Indian Medical Review
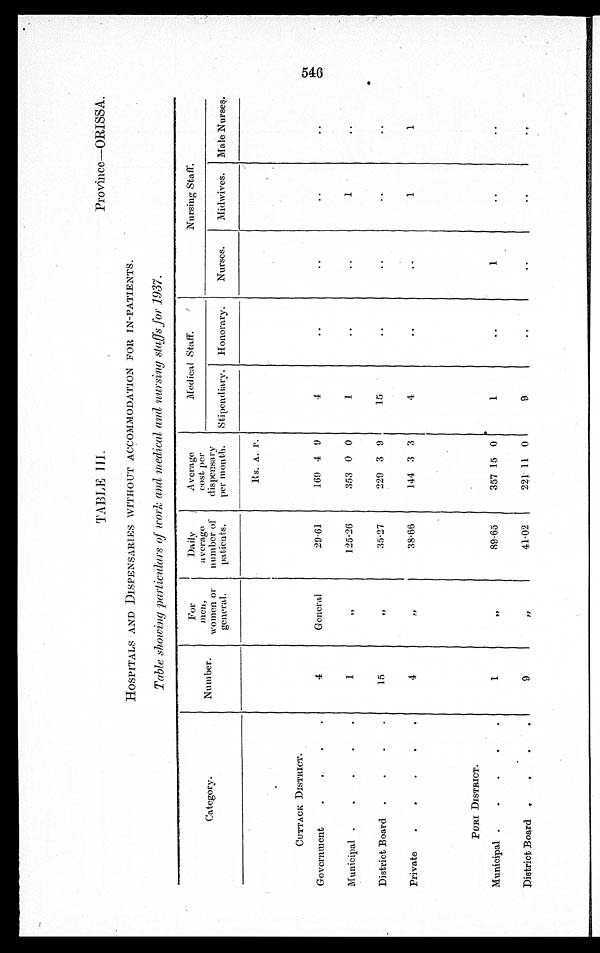
TABLE III
Province—ORISSA.
HOSPITALS AND DISPENSARIES WITHOUT ACCOMMODATION FOR IN-PATIENTS.
Table showing particulars of work and medical and nursing staffs for 1937.
Category.
Number.
For
men,
Women or
general.
Daily
average
number of
patients.
Average
cost per
dispensary
per month.
Medical Staff.
Nursing Staff.
Stipendiary. Honorary.
Nurses.
Midwives. Male Nurses.
Rs. A. P.
CUTTACK DISTRICT.
Government
4
General
29.61
169 4 9
4
Municipal
1
"
125.26
353 0 0
1
1
District Board
15
"
35.27
229 3 9
15
Private
4
38.66
144 3 3
4
1
1
PURI DISTRICT.
Municipal
1
"
89.65
357 15 0
1
1
District Board
9
"
41.02
221 11 0
9
c. 71